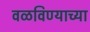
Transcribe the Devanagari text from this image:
वळविण्याच्या